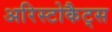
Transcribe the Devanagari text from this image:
अरिस्टोकैट्स